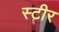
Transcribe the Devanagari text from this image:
स्टीर